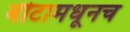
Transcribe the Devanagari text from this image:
बीटामधूनच